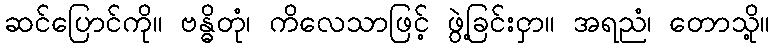
ဆင်ပြောင်ကို။ ဗန္ဓိတုံ၊ ကိလေသာဖြင့် ဖွဲ့ခြင်းငှာ။ အရညံ၊ တောသို့။